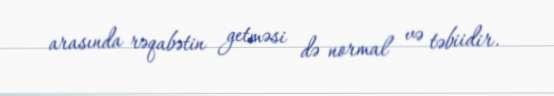
arasında rəqabətin getməsi də normal və təbiidir.